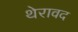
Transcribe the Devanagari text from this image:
थेरावद